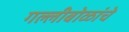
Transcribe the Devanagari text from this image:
गल्लीबोळांचे